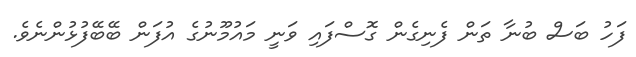
ފަހު ބަސް ބުނާ ތަން ފެނިގެން ގޮސްފައި ވަނީ މައުމޫނުގެ އުފަން ބޭބޭފުޅުންނެވެ.